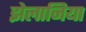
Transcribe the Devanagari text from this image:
झेलानिया